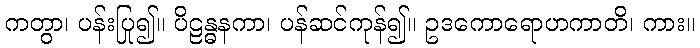
ကတွာ၊ ပန်းပြု၍။ ပိဠန္ဓနကာ၊ ပန်ဆင်ကုန်၍။ ဥဒကောရောဟကာတိ၊ ကား။